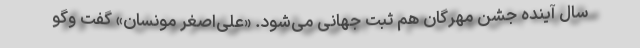
سال آینده جشن مهرگان هم ثبت جهانی می‌شود. «علی‌اصغر مونسان» گفت وگو